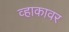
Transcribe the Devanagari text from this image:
व्हाकावर